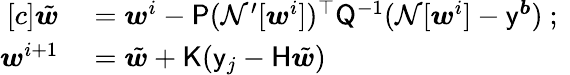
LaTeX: \begin{array}{rl}{[c]\tilde{\boldsymbol{w}}}&{{}=\boldsymbol{w}^{i}-\mathsf{P}(\mathcal{N^{\prime}}[\boldsymbol{w}^{i}])^{\top}\mathsf{Q}^{-1}(\mathcal{N}[\boldsymbol{w}^{i}]-\mathsf{y}^{\boldsymbol{b}})\mathrm{~;~}}\\ {\boldsymbol{w}^{i+1}}&{{}=\tilde{\boldsymbol{w}}+\mathsf{K}(\mathsf{y}_{j}-\mathsf{H}\tilde{\boldsymbol{w}})}\end{array}